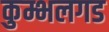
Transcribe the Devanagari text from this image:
कुम्भलगड